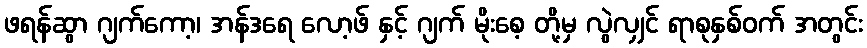
ဖရန်ဆွာ ဂျက်ကော့၊ အန်ဒရေ လော့ဖ် နှင့် ဂျက် မိုးစေ့ တို့မှ လွဲလျှင် ရာစုနှစ်ဝက် အတွင်း